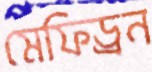
মেফিড্রন